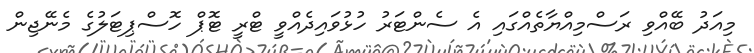
މިއަދު ބޭއްވި ރަސްމިއްޔާތެއްގައި އެ ސެންޓަރު ހުޅުވައިދެއްވީ ޓްރީ ޓޮޕް ހޮސްޕިޓަލުގެ މެނޭޖިން